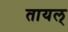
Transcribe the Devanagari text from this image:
तायल्